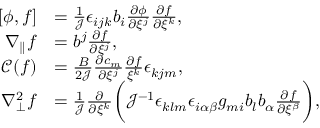
\begin{array} { r l } { [ \phi , f ] } & { = \frac { 1 } { \mathcal { J } } \epsilon _ { i j k } b _ { i } \frac { \partial \phi } { \partial \xi ^ { j } } \frac { \partial f } { \partial \xi ^ { k } } , } \\ { \nabla _ { \parallel } f } & { = b ^ { j } \frac { \partial f } { \partial \xi ^ { j } } , } \\ { \mathcal { C } ( f ) } & { = \frac { B } { 2 \mathcal { J } } \frac { \partial c _ { m } } { \partial \xi ^ { j } } \frac { \partial f } { \xi ^ { k } } \epsilon _ { k j m } , } \\ { \nabla _ { \perp } ^ { 2 } f } & { = \frac { 1 } { \mathcal { J } } \frac { \partial } { \partial \xi ^ { k } } \bigg ( \mathcal { J } ^ { - 1 } \epsilon _ { k l m } \epsilon _ { i \alpha \beta } g _ { m i } b _ { l } b _ { \alpha } \frac { \partial f } { \partial \xi ^ { \beta } } \bigg ) , } \end{array}